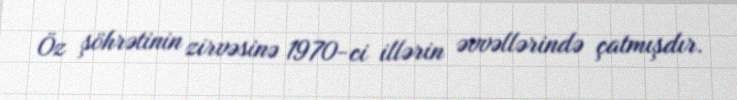
Öz şöhrətinin zirvəsinə 1970-ci illərin əvvəllərində çatmışdır.